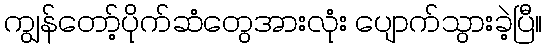
ကျွန်တော့်ပိုက်ဆံတွေအားလုံး ပျောက်သွားခဲ့ပြီ။